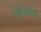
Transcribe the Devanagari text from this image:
चिनॉयने